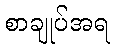
စာချုပ်အရ